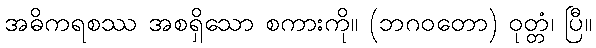
အဓိကရစဿ အစရှိသော စကားကို။ (ဘဂဝတော) ဝုတ္တံ၊ ပြီ။